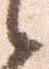
候